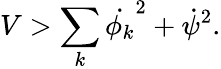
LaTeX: {V>\sum_{k}\dot{\phi_{k}}^{2}+\dot{\psi}^{2}.}